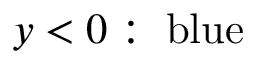
y < 0 : \; { \mathrm { b l u e } }